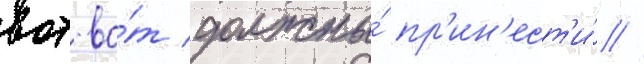
вот-во́т должны́ пр'ин'ест'и́ //